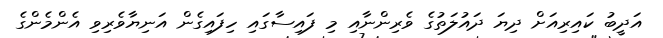
އަދީބު ކައިރިއަށް ދިޔަ ދައުލަތުގެ ވެރިންނާއި މި ފައިސާގައި ހިފައިގެން އަނިޔާވެރިވި އެންމެންގެ